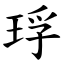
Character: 琈